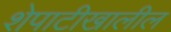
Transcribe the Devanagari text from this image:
शेपाटीखालील